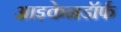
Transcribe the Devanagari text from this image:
आइकेनडॉर्फ